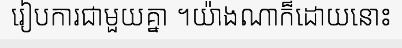
រៀបការជាមួយគ្នា ។យ៉ាងណាក៏ដោយនោះ